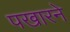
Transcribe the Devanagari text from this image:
पखारने